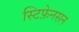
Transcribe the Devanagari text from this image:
स्टिफ़ेनसन